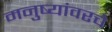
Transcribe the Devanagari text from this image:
मनुष्यांवरचे